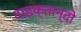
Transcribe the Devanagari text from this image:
दाइक्तान्दो